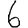
Digit: 6